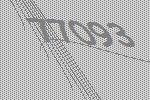
77093